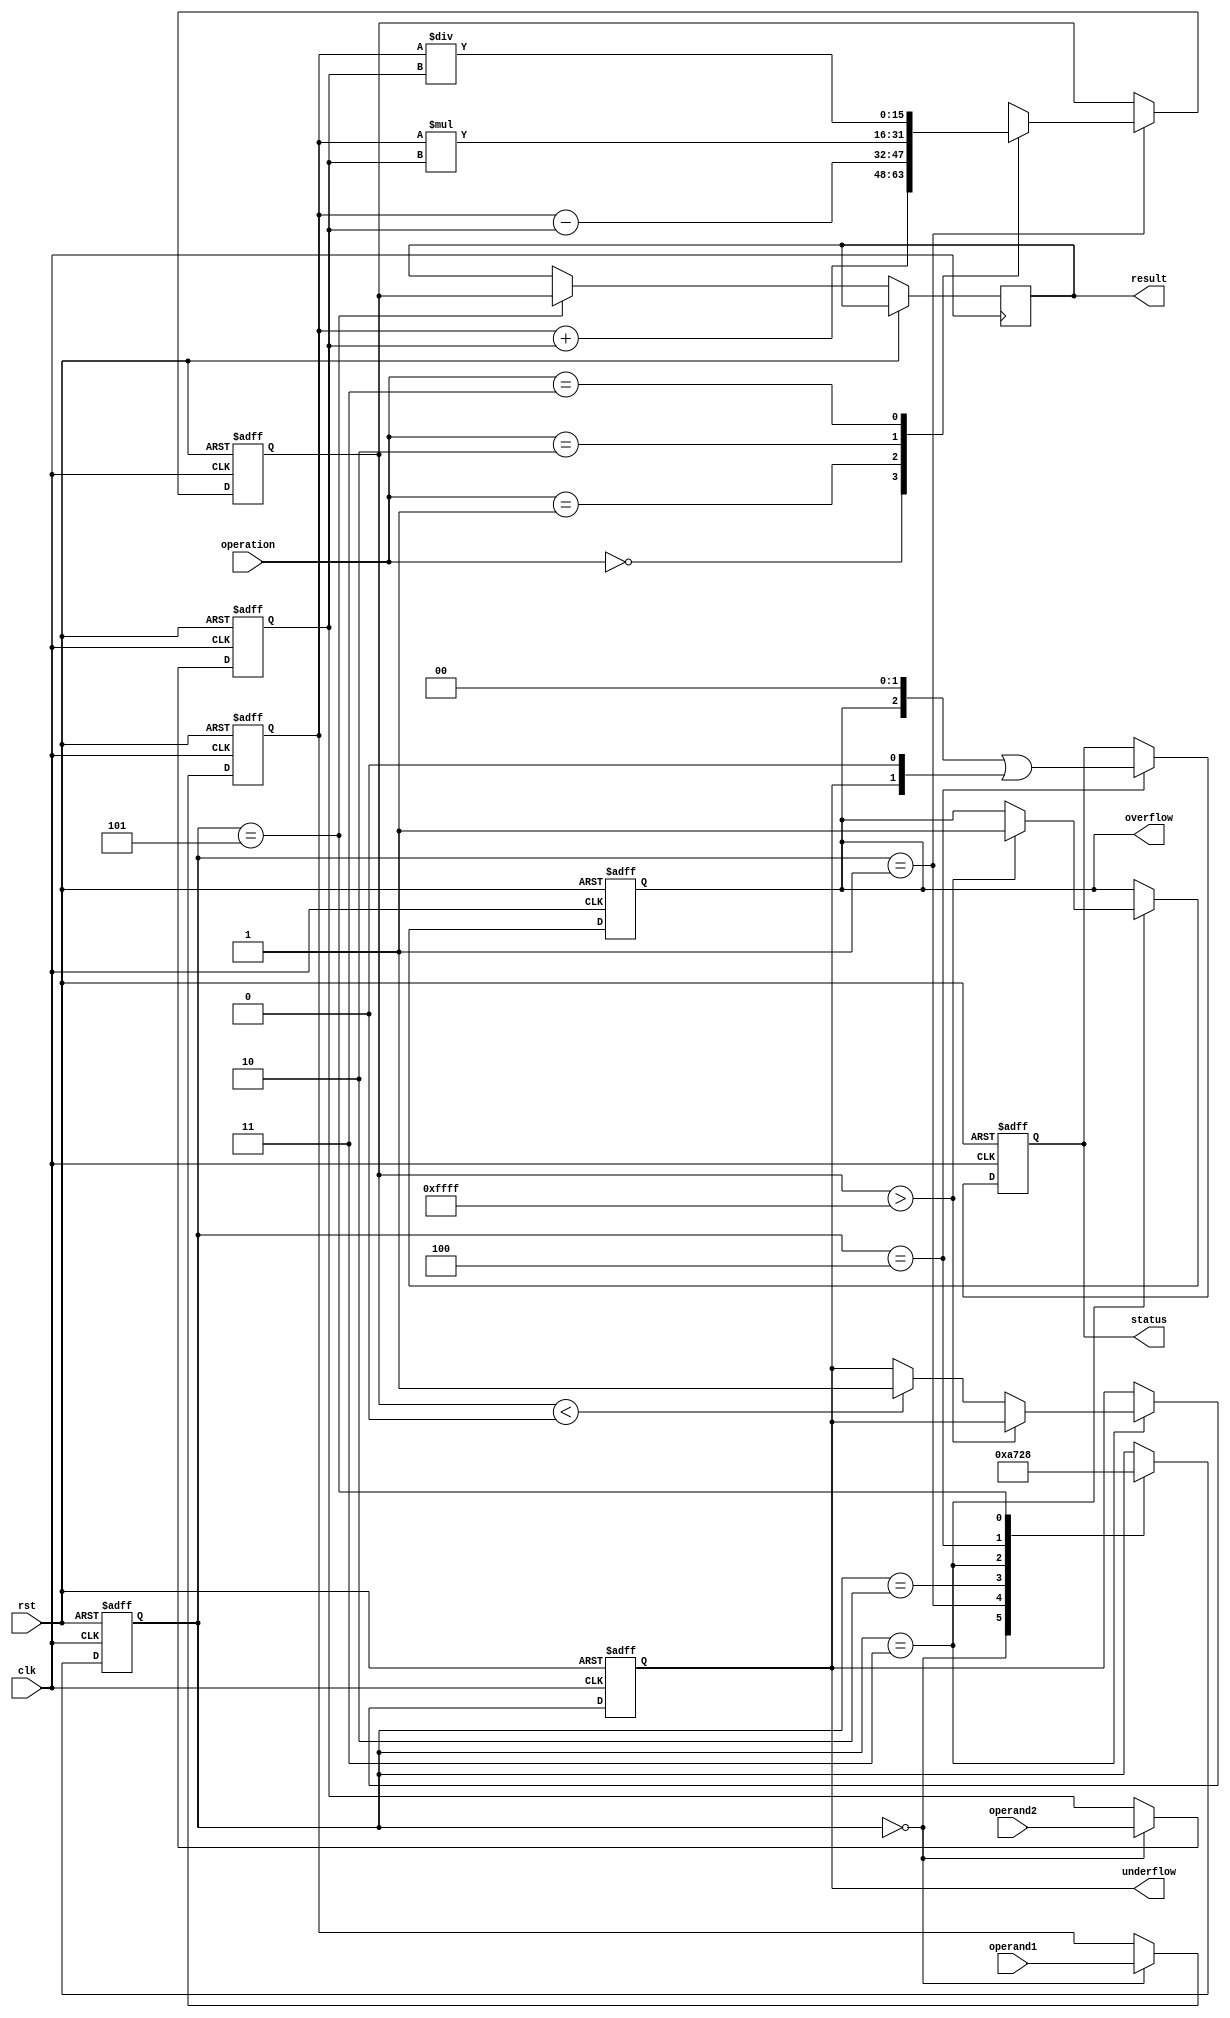
module floating_point_unit (
    input clk,
    input rst,
    input [15:0] operand1,
    input [15:0] operand2,
    input [1:0] operation,
    output reg [15:0] result,
    output reg overflow,
    output reg underflow,
    output reg [2:0] status
);

reg [15:0] in_reg1;
reg [15:0] in_reg2;
reg [15:0] out_reg;
reg [2:0] state;

always @(posedge clk or posedge rst) begin
    if (rst) begin
        in_reg1 <= 16'b0;
        in_reg2 <= 16'b0;
        out_reg <= 16'b0;
        state <= 3'b000;
        overflow <= 1'b0;
        underflow <= 1'b0;
        status <= 3'b000;
    end else begin
        case (state)
            3'b000: begin // Input registers
                in_reg1 <= operand1;
                in_reg2 <= operand2;
                state <= 3'b001;
            end
            3'b001: begin // Control logic
                case (operation)
                    2'b00: out_reg <= in_reg1 + in_reg2; // Addition
                    2'b01: out_reg <= in_reg1 - in_reg2; // Subtraction
                    2'b10: out_reg <= in_reg1 * in_reg2; // Multiplication
                    2'b11: out_reg <= in_reg1 / in_reg2; // Division
                endcase
                state <= 3'b010;
            end
            3'b010: begin // Round-off logic
                // implement round-off logic here
                state <= 3'b011;
            end
            3'b011: begin // Overflow and underflow detection logic
                if (out_reg > 16'b1111111111111111) begin
                    overflow <= 1'b1;
                end else if (out_reg < 16'b0000000000000000) begin
                    underflow <= 1'b1;
                end
                state <= 3'b100;
            end
            3'b100: begin // Status registers
                status <= overflow << 2 | underflow << 1;
                state <= 3'b101;
            end
            3'b101: begin // Output register
                result <= out_reg;
                state <= 3'b000;
            end
        endcase
    end
end

endmodule